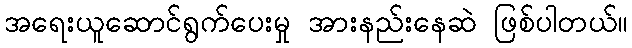
အရေးယူဆောင်ရွက်ပေးမှု အားနည်းနေဆဲ ဖြစ်ပါတယ်။